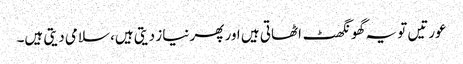
عورتیں تو یہ گھونگھٹ اٹھاتی ہیں اور پھر نیاز دیتی ہیں، سلامی دیتی ہیں۔